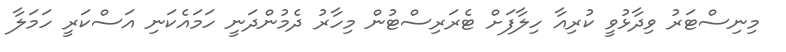
މިނިސްޓަރު ވިދާޅުވީ ކުރިއާ ހިލާފަށް ޓެރަރިސްޓުން މިހާރު ދެމުންދަނީ ހަމައެކަނި އަސްކަރީ ހަމަލާ